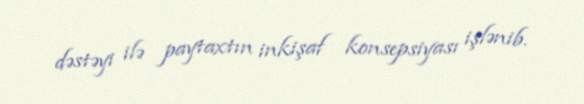
dəstəyi ilə paytaxtın inkişaf konsepsiyası işlənib.